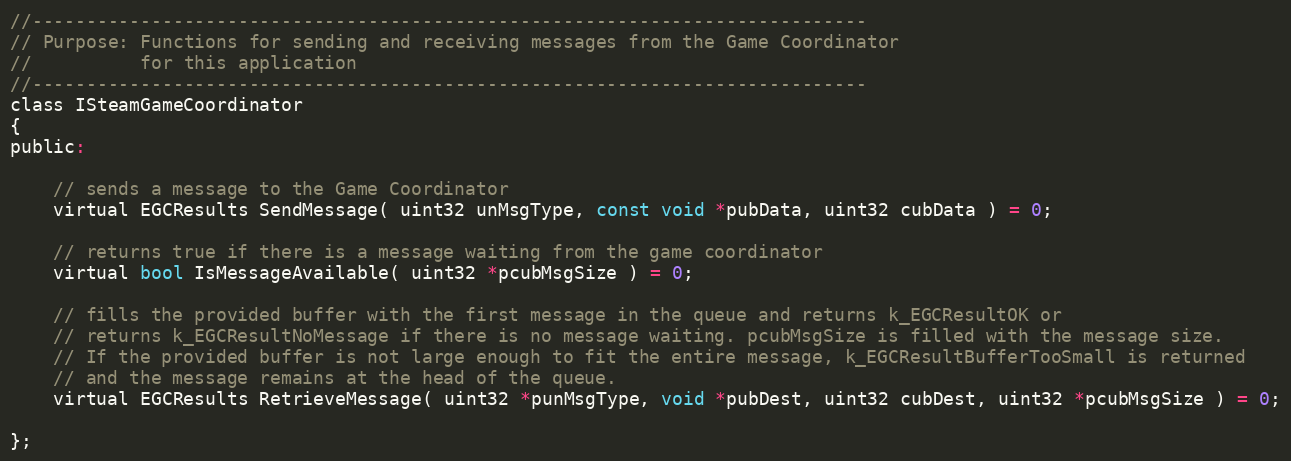
Language: C
//-----------------------------------------------------------------------------
// Purpose: Functions for sending and receiving messages from the Game Coordinator
//			for this application
//-----------------------------------------------------------------------------
class ISteamGameCoordinator
{
public:

	// sends a message to the Game Coordinator
	virtual EGCResults SendMessage( uint32 unMsgType, const void *pubData, uint32 cubData ) = 0;

	// returns true if there is a message waiting from the game coordinator
	virtual bool IsMessageAvailable( uint32 *pcubMsgSize ) = 0;

	// fills the provided buffer with the first message in the queue and returns k_EGCResultOK or
	// returns k_EGCResultNoMessage if there is no message waiting. pcubMsgSize is filled with the message size.
	// If the provided buffer is not large enough to fit the entire message, k_EGCResultBufferTooSmall is returned
	// and the message remains at the head of the queue.
	virtual EGCResults RetrieveMessage( uint32 *punMsgType, void *pubDest, uint32 cubDest, uint32 *pcubMsgSize ) = 0;

};